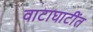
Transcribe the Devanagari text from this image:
वाटाघाटींत